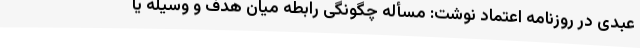
عبدی در روزنامه اعتماد نوشت: مسأله چگونگی رابطه میان هدف و وسیله یا